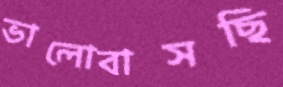
ভালোবাসছি